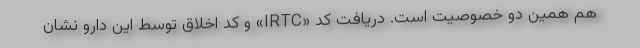
هم همین دو خصوصیت است. دریافت کد «IRTC» و کد اخلاق توسط این دارو نشان